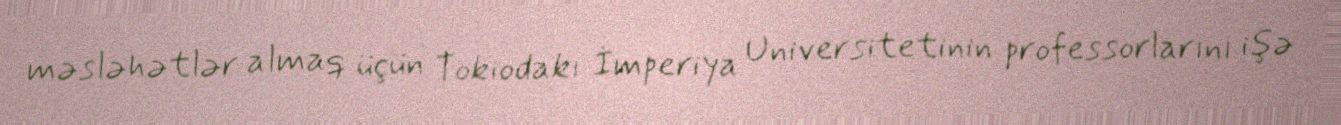
məsləhətlər almaq üçün Tokiodakı İmperiya Universitetinin professorlarını işə